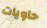
حاويات